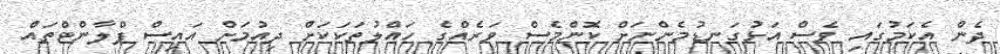
ދެން އެކަމުގައި ވެސް އަޅުގަނޑުމެންނަށް ކޮންމެސް ވަރެއްގެ ހައްލުތަކަކަށް ދިއުމަށް އައިސް ޕްލާންޓްތައް